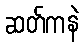
ဆတ်ကနဲ